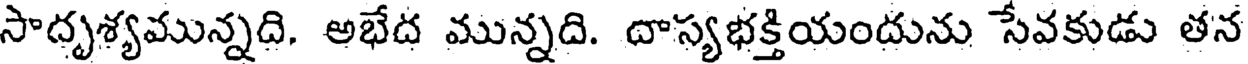
సాదృశ్యమున్నది. అభేద మున్నది. దాస్యభక్తియందును సేవకుడు తన